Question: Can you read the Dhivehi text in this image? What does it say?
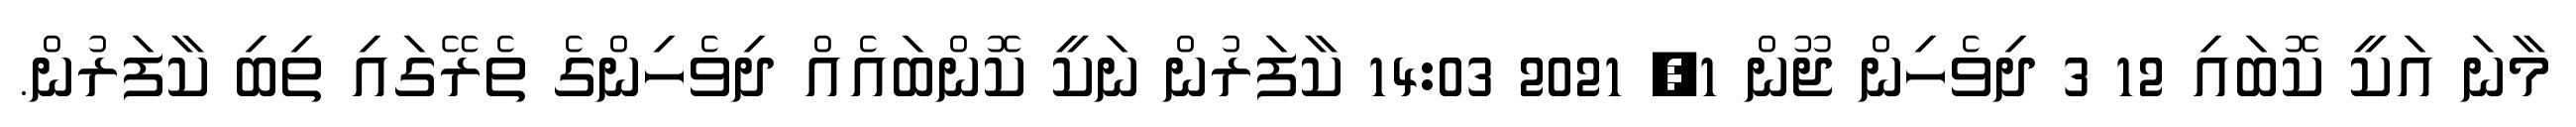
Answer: މާނަ އަކީ ކޮބައި 12 3 ދިވެހިން ޖޫން 1, 2021 14:03 ކާފަރުން ނަކީ ކޮންބައެއް ދިވެހިންގެ ތެރޭގައި ތިބި ކާފަރުން.